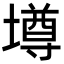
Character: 墫